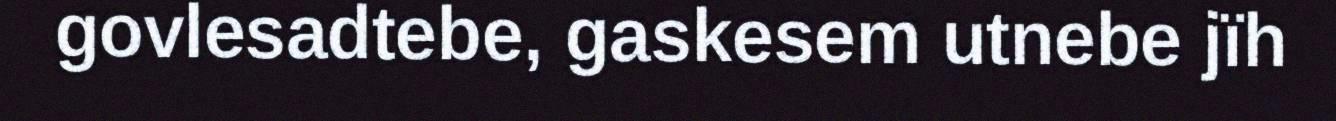
govlesadtebe, gaskesem utnebe jïh